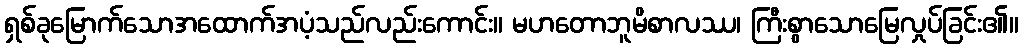
ရှစ်ခုမြောက်သောအထောက်အပံ့သည်လည်းကောင်း။ မဟတောဘူမိစာလဿ၊ ကြီးစွာသောမြေလှုပ်ခြင်း၏။